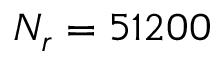
N _ { r } = 5 1 2 0 0